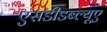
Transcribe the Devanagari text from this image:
एसडीडब्ल्यूए